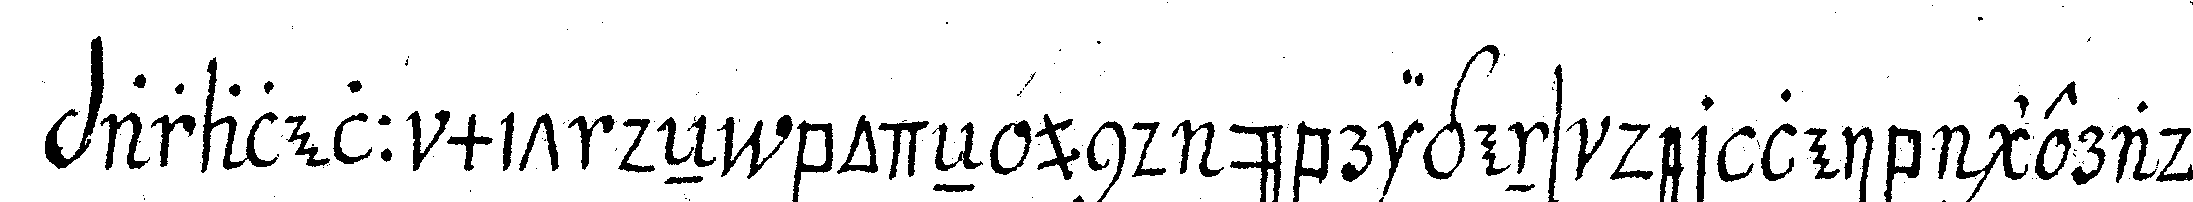
paralell mit deN bodeN und übrigens der leib gerade